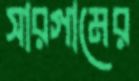
সারগামের